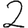
Digit: 2